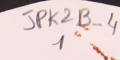
JPK2B-42 	1